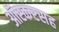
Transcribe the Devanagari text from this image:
ऑस्करसह